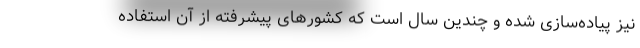
نیز پیاده‌سازی شده و چندین سال است که کشورهای پیشرفته از آن استفاده